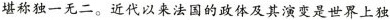
堪称独一无二。近代以来法国的政体及其演变是世界上独